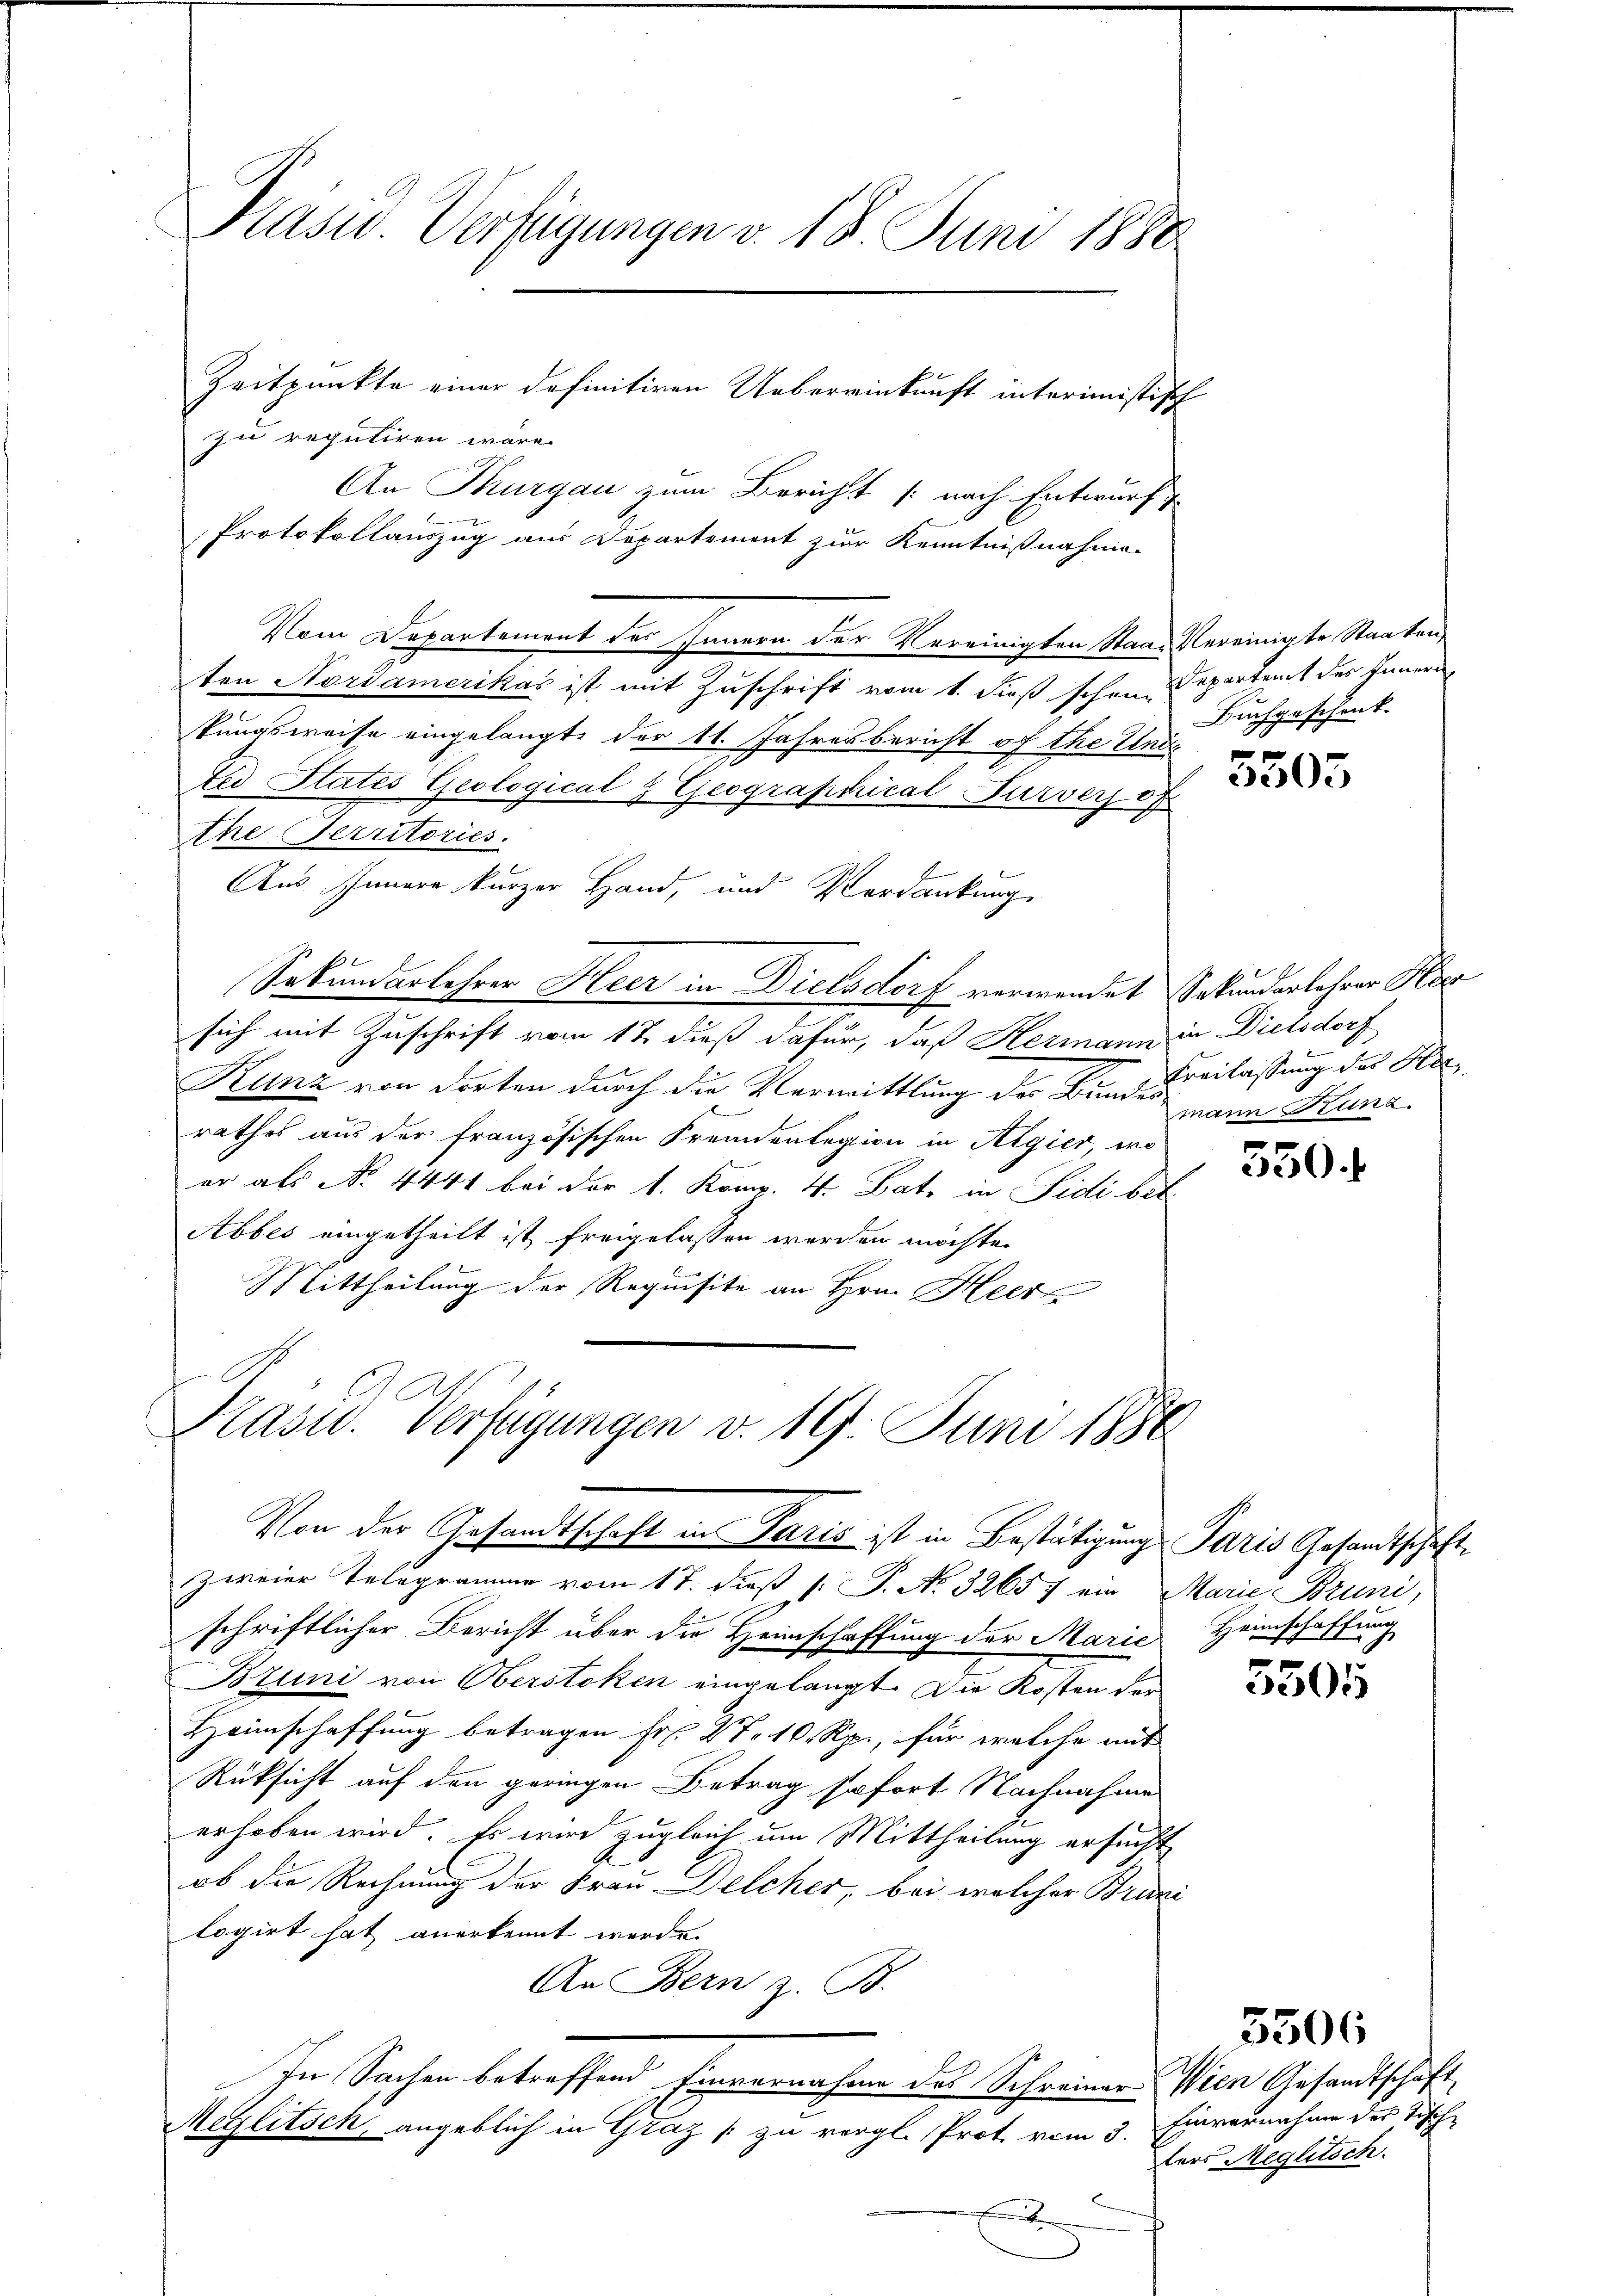
Präsid. Verfügungen v. 18. Juni 1880

zu reguliren wäre.
An Thurgau zum Bericht (nach Entwurf z
Protokollauszug aus Departement zur Kenntnißnahme
Vom Departement des Innern der Vereinigten Staat Vereinigte Staaten,
ten Nordamerikas ist mit Zuschrift vom 1. dieß schon Departent des Innern
Pungsweise eingelangt der 11. Jahresbericht of the und
ter States Geological 2 Geograpérical-Furverjof
Ahe Territoriés.
Aus Innere kurzer Hand, und Verdankung
Sokundarlehrer Heer in Dielsdorf verwendet Sekundarlehrer Her
sich mit Zuschrift vom 17. dieß dafür, daß Hermann in Dielsdorf
Kunz von dorten durch die Vermittlung der Bundes Beilassung der Hierathes aus der französischen Fremdenlegion in Algier, wo
er als No. 4441 bei der 1. Komp. 4. Batz in Sidi bet
Abbes eingetheilt ist freigelassen werden möchte.
Mittheilung der Requisite an Hrn. Heer
Ber

Von der Gesandtschaft in Paris ist in Bestätigung Paris Gesandtschaft

Zeitpunkte einer definitiven Uebereinkunft interimistisch

Präsid. Verfügungen v. 19. Juni 1880

Buchgeschenk.

zweier Telegramme vom 17. dieß [ P. No. 32657 ein Marie Bruni,
schriftlicher Bericht über die Heimschaffung der Marie
Bzuni von Berstoken eingelangt. Die Kosten der
Heimschaffung betragen Fr. 27. 10 Rp., für welche mit
Rüksicht auf den geringen Betrag sofort Nachnahme
erhoben wird. Es wird zugleich um Mittheilung ersucht
ob die Rechnung der Frau Delcher, bei welcher Brüni
logirt hat anerkennt werde.
An Bern z. B.
In Sachen betreffend Einvernahme des Schreiner Wien Gesandtschaft
Meglitsch, angeblich in Graz zu vergl. Prot vom 3.
x

303

mann Brun

550.

Heimschaffung

5505

Einvernahme des Tische
ters Meglitsch.

5506